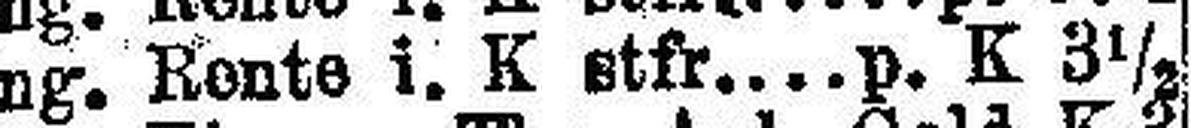
Ung. Rente i K. stfr. p. K 3 ½